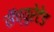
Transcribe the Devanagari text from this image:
सॅच्युरेटेड